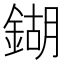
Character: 鍸